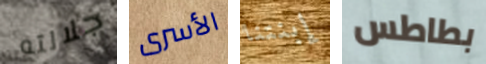
جلالته الأسرى إبنتنا بطاطس